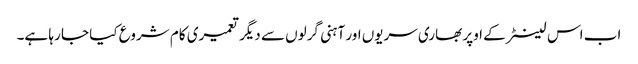
اب اس لینٹر کے اوپر بھاری سریوں اور آہنی گرلوں سے دیگر تعمیری کام شروع کیا جا رہا ہے۔